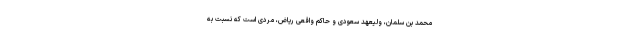
محمد بن سلمان، ولیعهد سعودی و حاکم واقعی ریاض، مردی است که نسبت به